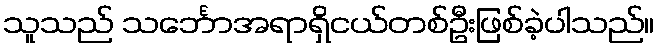
သူသည် သင်္ဘောအရာရှိငယ်တစ်ဦးဖြစ်ခဲ့ပါသည်။